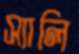
স্যালি